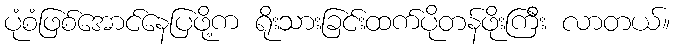
ပုံစံဖြစ်အောင်နေပြဖို့က ရိုးသားခြင်းထက်ပိုတန်ဖိုးကြီး လာတယ်။